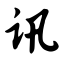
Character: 讯